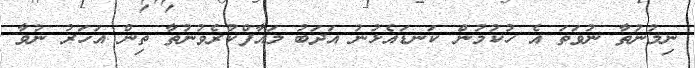
ނިމުނުތާ ނުވަތަ އެ ހުކުމުން ކަނޑައެޅުނު އަދަބު މައާފްކުރެވުނުތާ ތިން އަހަރު ނުވާ